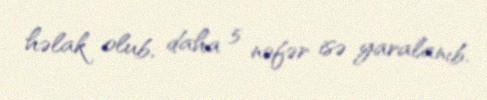
həlak olub, daha 5 nəfər isə yaralanıb.